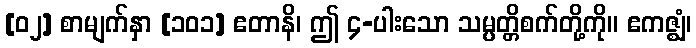
[၀၂] စာမျက်နှာ [၁၀၁] ဧတာနိ၊ ဤ ၄-ပါးသော သမ္ပတ္တိစက်တို့ကို။ ဧကဇ္ဈံ၊